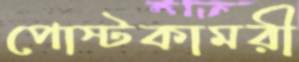
পোস্টকামরী